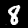
Digit: 8